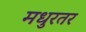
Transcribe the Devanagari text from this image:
मधुरतर